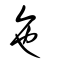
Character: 㐌